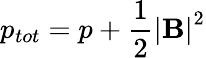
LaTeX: p_{tot}=p+\frac 12{|\mathbf{B}|}^{2}